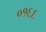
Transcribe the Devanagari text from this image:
०१६६